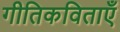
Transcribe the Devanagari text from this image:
गीतिकविताएँ